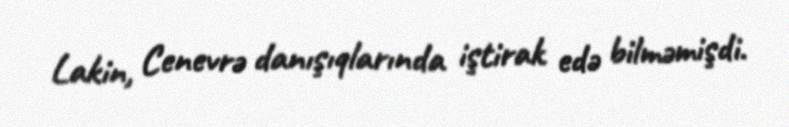
Lakin, Cenevrə danışıqlarında iştirak edə bilməmişdi.